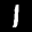
Label: 1